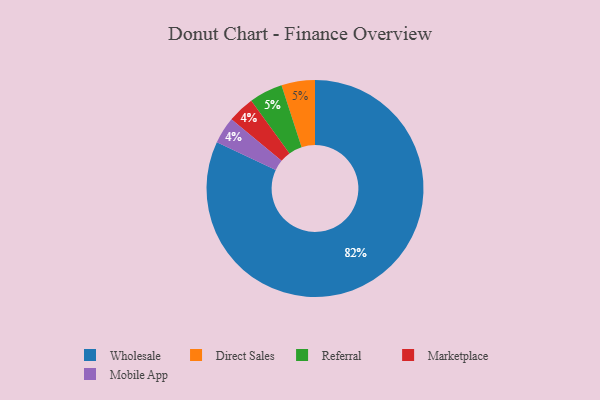
{"axis": {"x": "Category", "y": "Percentage"}, "legend": ["Direct Sales", "Marketplace", "Mobile App", "Referral", "Wholesale"], "data": [{"x": "Marketplace", "y": 4, "type": "Marketplace"}, {"x": "Mobile App", "y": 4, "type": "Mobile App"}, {"x": "Direct Sales", "y": 5, "type": "Direct Sales"}, {"x": "Wholesale", "y": 82, "type": "Wholesale"}, {"x": "Referral", "y": 5, "type": "Referral"}]}